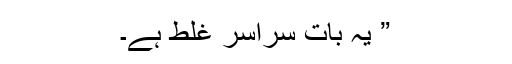
” یہ بات سراسر غلط ہے۔